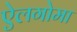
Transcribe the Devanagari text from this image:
ऐलगोमा